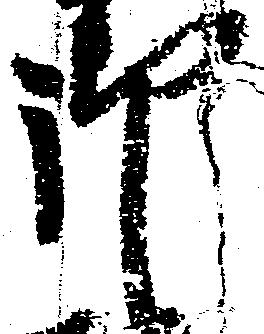
御